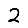
Digit: 2